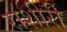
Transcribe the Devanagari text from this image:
राशीरी